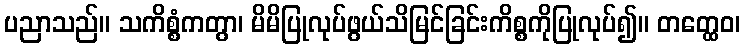
ပညာသည်။ သကိစ္စံကတွာ၊ မိမိပြုလုပ်ဖွယ်သိမြင်ခြင်းကိစ္စကိုပြုလုပ်၍။ တတ္ထေဝ၊